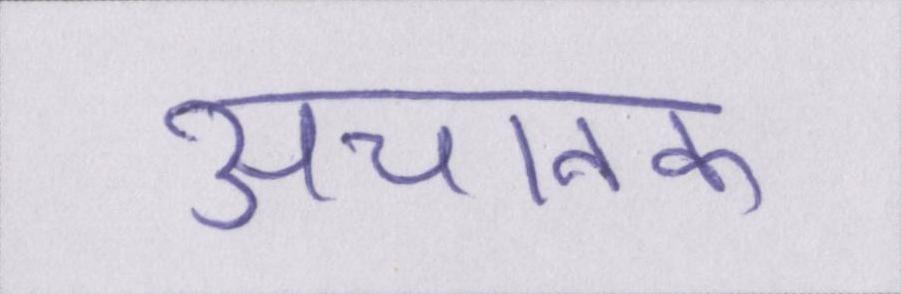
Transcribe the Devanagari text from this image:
अचानक